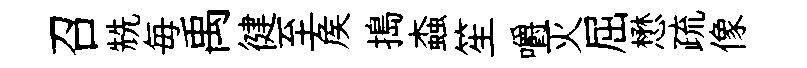
召兟毎禹徤至矦搗螙笙嚼灭屈懋疏像